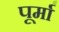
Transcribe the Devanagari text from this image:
पूर्मा